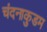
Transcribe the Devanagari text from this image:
चंदनाकुडम